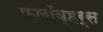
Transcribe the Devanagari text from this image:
फ्लॉव्हर्स